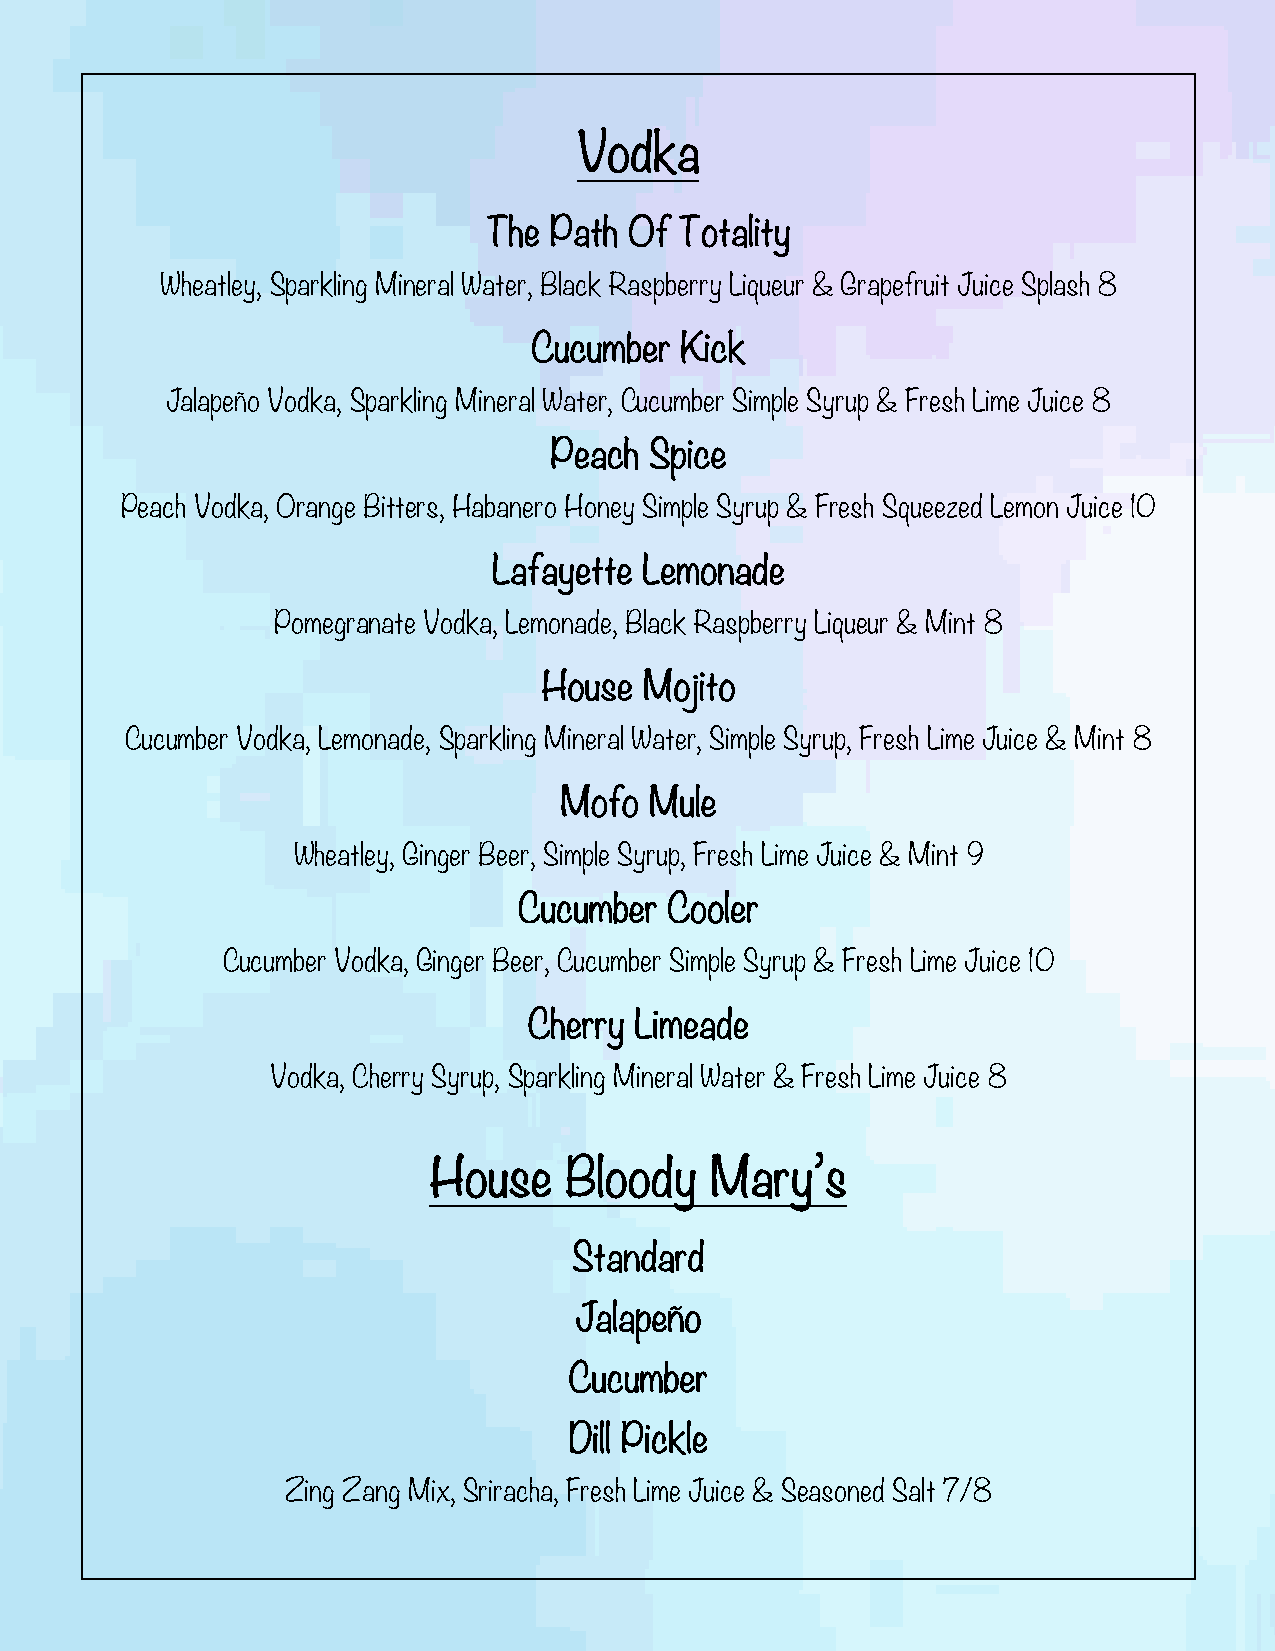
Vodka
 The Path  Of Totality
 Wheatley, Sparkling Mineral Water, Black Raspberry Liqueur & Grapefruit Juice Splash 8
 Cucumber  Kick
 Jalapeño Vodka, Sparkling Mineral Water, Cucumber Simple Syrup & Fresh Lime Juice 8
 Peach  Spice
 Peach Vodka, Orange Bitters, Habanero Honey Simple Syrup & Fresh Squeezed Lemon Juice 10
 Lafayette Lemonade
 Pomegranate Vodka, Lemonade, Black Raspberry Liqueur & Mint 8
 House  Mojito
 Cucumber Vodka, Lemonade, Sparkling Mineral Water, Simple Syrup, Fresh Lime Juice & Mint 8
 Mofo  Mule
 Wheatley, Ginger Beer, Simple Syrup, Fresh Lime Juice & Mint 9
 Cucumber  Cooler
 Cucumber Vodka, Ginger Beer, Cucumber Simple Syrup & Fresh Lime Juice 10
 Cherry Limeade
 Vodka, Cherry Syrup, Sparkling Mineral Water & Fresh Lime Juice 8
 House    Bloody    Mary’s
 Standard
 Jalapeño
 Cucumber
 Dill Pickle
 Zing Zang Mix, Sriracha, Fresh Lime Juice & Seasoned Salt 7/8